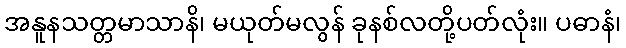
အနူနသတ္တမာသာနိ၊ မယုတ်မလွန် ခုနစ်လတို့ပတ်လုံး။ ပဓာနံ၊